Materia medica of Madras volume I
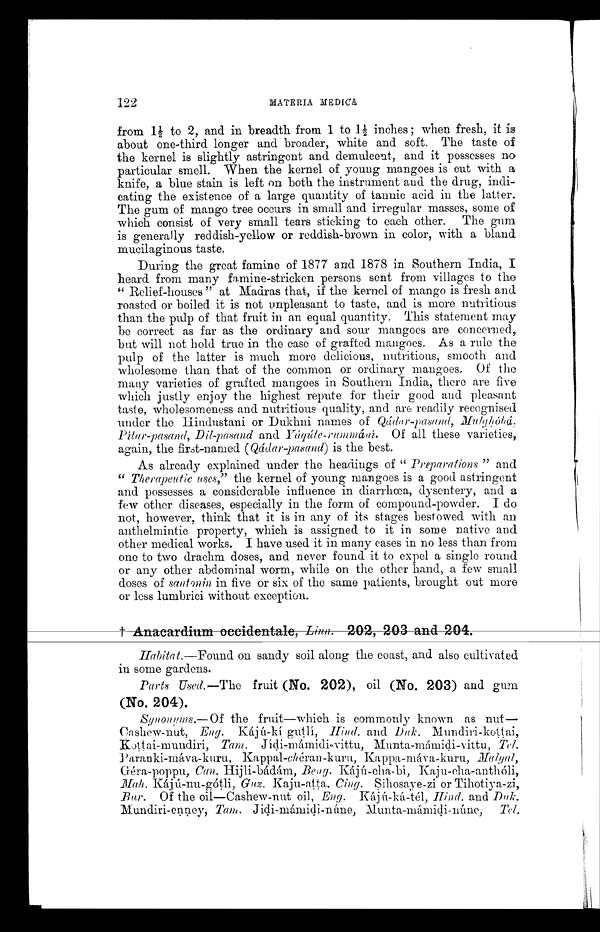
122
MATERIA MEDICA
from 1½ to 2, and in breadth from 1 to 1½ inches ; when fresh, it is
about one-third longer and broader, white and soft. The taste of
the kernel is slightly astringent and demulcent, and it possesses no
particular smell. When the kernel of young mangoes is cut with a
knife, a blue stain is left on both the instrument and the drug, indi-
cating the existence of a large quantity of tannic acid in the latter.
The gum of mango tree occurs in small and irregular masses, some of
which consist of very small tears sticking to each other. The gum
is generally reddish-yellow or reddish-brown in color, with a bland
mucilaginous taste.
During the great famine of 1877 and 1878 in Southern India, I
heard from many famine-stricken persons sent from villages to the
" Relief-houses" at Madras that, if the kernel of mango is fresh and
roasted or boiled it is not unpleasant to taste, and is more nutritious
than the pulp of that fruit in an equal quantity. This statement may
be correct as far as the ordinary and sour mangoes are concerned,
but will not hold true in the ease of grafted mangoes. As a rule the
pulp of the latter is much more delicious, nutritious, smooth and
wholesome than that of the common or ordinary mangoes. Of the
many varieties of grafted mangoes in Southern India, there are five
which justly enjoy the highest repute for their good and pleasant
taste, wholesomeness and nutritious quality, and are readily recognised
under the Hindustani or Dukhni names of Qádar-pasand,
Mulghóhá. Pitar-pasand, Dil-pasand and Yáqúte-rummám. Of all these varieties,
again, the first-named (Qádar-pasand) is the best.
As already explained under the headings of " Preparations " and
" Therapeutic uses," the kernel of young mangoes is a good astringent
and possesses a considerable influence in diarrhœa, dysentery, and a
few other diseases, especially in the form of compound-powder. I do
not, however, think that it is in any of its stages bestowed with an
anthelmintic property, which is assigned to it in some native and
other medical works. I have used it in many eases in no less than from
one to two drachm doses, and never found it to expel a single round
or any other abdominal worm, while on the other hand, a few small
doses of santonin in five or six of the same patients, brought out more
or less lumbrici without exception.
† Anacardium occidentale, Linn. 202, 203 and 204.
Habitat. —Found on sandy soil along the coast, and also cultivated
in some gardens.
Parts Used.—The fruit (No. 202), oil (No, 203) and gum
(No. 204).
Synonyms—
Of the fruit—which is commonly known as nut
— Cashew-nut, Eng. Kájú-kí gutlí, Hind. and Duk. Mundiri-koţţai,
Koţţai-mundiri, Tam. Jídi-mámidi-vittu, Munta-mámidi-vittu, Tel.
Paranki-máva-kuru, Kappal-chéran-kuru, Kappa-máva-kuru,
Malyal, Géra-poppu, Can. Hijli-bádám, Beng. Kájú-cha
-bí, Kaju-cha-antholi,
M ah. Kájú-nu-gótli, Guz. Kaju-atta. Cing. Sihosaye-zi or Tihotiya-zi,
Bur. Of the oil—Cashew-nut oil, Eng. Kájú-ká-té1, Hind. and Duk.
Mundiri-enney, Tam. Jidi-mámidi-núne,
Munta-mámidi-núne, T e l .